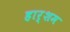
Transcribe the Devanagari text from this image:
हार्शम